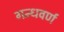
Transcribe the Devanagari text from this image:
गन्धवर्ण